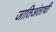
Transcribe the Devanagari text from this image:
जातिअंताची